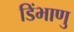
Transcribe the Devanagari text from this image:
डिंभाणु